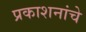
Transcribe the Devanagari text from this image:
प्रकाशनांचे